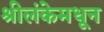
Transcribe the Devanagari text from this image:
श्रीलंकेमधून